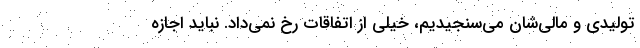
تولیدی و مالی‌شان می‌سنجیدیم، خیلی از اتفاقات رخ نمی‌داد. نباید اجازه